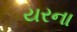
યરના